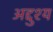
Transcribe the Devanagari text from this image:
अद्दुश्य